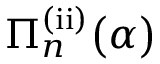
\Pi _ { n } ^ { \mathrm { ( i i ) } } \big ( \alpha \big )